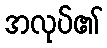
အလုပ်၏